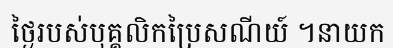
ថ្ងៃរបស់បុគ្គលិកប្រៃសណីយ៍ ។នាយក